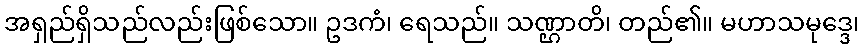
အရှည်ရှိသည်လည်းဖြစ်သော။ ဥဒကံ၊ ရေသည်။ သဏ္ဌာတိ၊ တည်၏။ မဟာသမုဒ္ဒေ၊